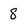
Character: 8